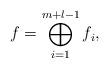
LaTeX: \begin{align*} f=\bigoplus_{i=1}^{m+l-1} f_i,\end{align*}